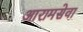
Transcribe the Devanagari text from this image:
आरामसेवा